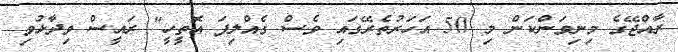
ރާއްޖޭގެ މިނިވަންކަން މި 50 އަހަރުތެރޭގައި ވެސް ގެއްލިފަ އޮތީހީ" ރައީސް ވިދާޅުވި